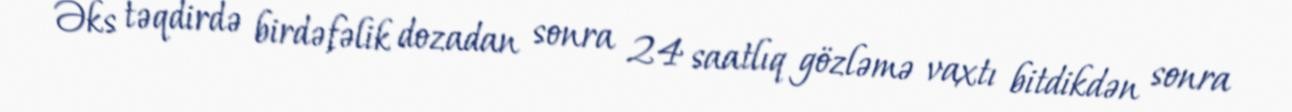
Əks təqdirdə birdəfəlik dozadan sonra 24 saatlıq gözləmə vaxtı bitdikdən sonra